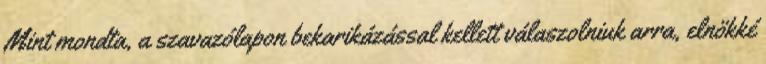
Mint mondta, a szavazólapon bekarikázással kellett válaszolniuk arra, elnökké